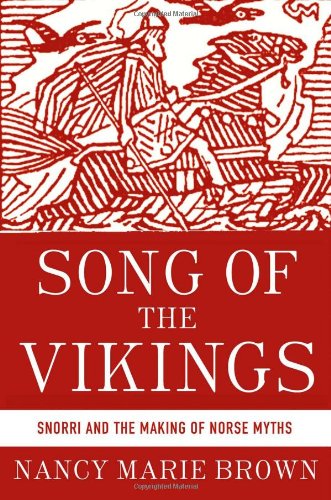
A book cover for Song of the Vikings: Snorri and the Making of Norse Myths; Nancy Marie Brown; Literature & Fiction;